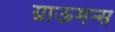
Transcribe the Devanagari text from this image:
ग्राऊमन्स